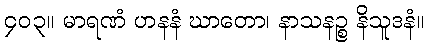
၄၀၃။ မာရဏံ ဟနနံ ဃာတော၊ နာသနဉ္စ နိသူဒနံ။